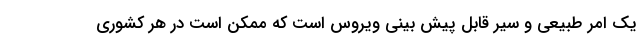
یک امر طبیعی و سیر قابل پیش بینی ویروس است که ممکن است در هر کشوری